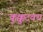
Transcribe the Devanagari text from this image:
कुक्कुटवध